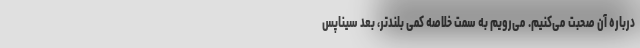
درباره آن صحبت می‌کنیم. می‌رویم به سمت خلاصه کمی بلندتر، بعد سیناپس